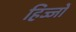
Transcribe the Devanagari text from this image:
हिज्जों